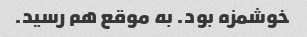
خوشمزه بود. به موقع هم رسید.